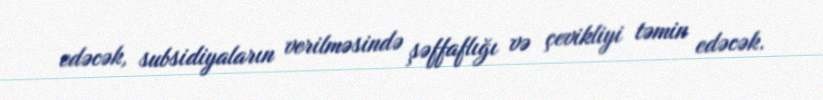
edəcək, subsidiyaların verilməsində şəffaflığı və çevikliyi təmin edəcək.